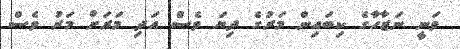
ވަނީ ނަޒާހާގެ ކިބައިން މަރުގެ ދިޔަ ވެސް އަދި މަރަށް މަރު ވެސް